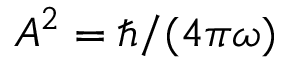
{ \cal A } ^ { 2 } = \hbar / ( 4 \pi \omega )